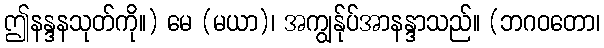
ဤနန္ဒနသုတ်ကို။) မေ (မယာ)၊ အကျွန်ုပ်အာနန္ဒာသည်။ (ဘဂဝတော၊